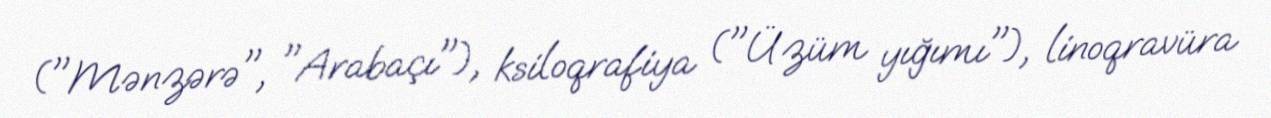
("Mənzərə", "Arabaçı"), ksiloqrafiya ("Üzüm yığımı"), linoqravüra